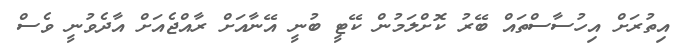
އިތުރަށް އިހުސާސްތައް ބޭރު ކޮށްލަމުން ކޭޓީ ބުނީ އޭނާއަށް ރާއްޖެއަށް އާދެވުނީ ވެސް